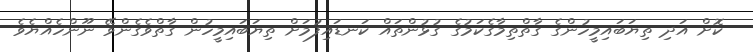
ކޮށް އަދި ތިޔަބައިމީހުންގެ ގާތްތިމާގެކަމުގެ ގުޅުންތައް ކަނޑައިފުމަށް ތިޔަބައިމީހުން ގާތްވެގެންވޭ ނޫންހެއްޔެވެ